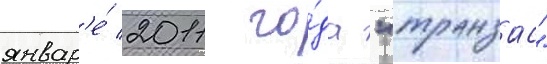
январ'е́ 2011 го́да "транзас"